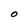
Character: O